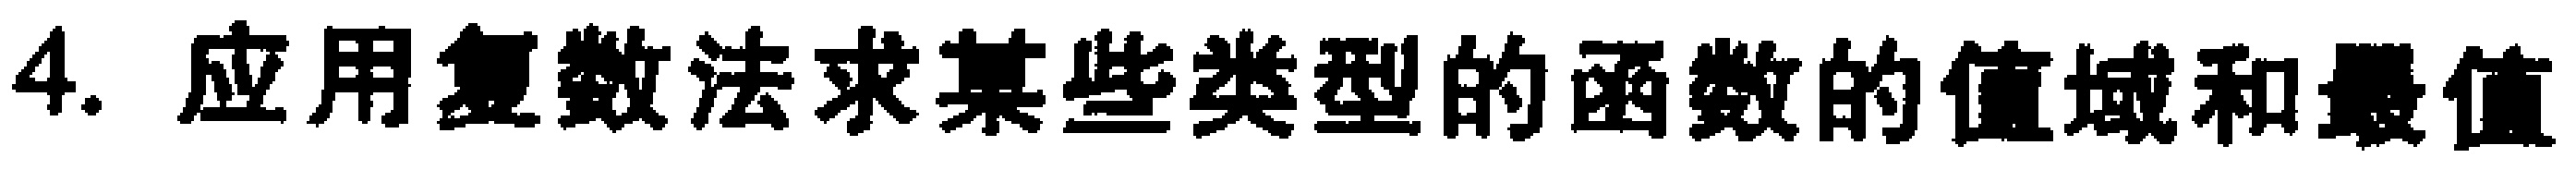
4. 应用复数法求某些类型的函数的值域和最值